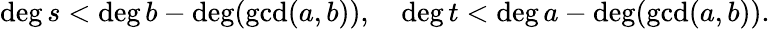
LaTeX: \deg s<\deg b-\deg(\operatorname*{gcd}(a,b)),\quad\deg t<\deg a-\deg(\operatorname*{gcd}(a,b)).